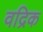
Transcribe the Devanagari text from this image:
वद्रिक